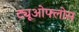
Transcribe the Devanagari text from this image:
ट्यूओफ्लोस